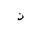
Letter: _thal